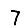
Digit: 7